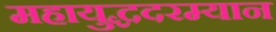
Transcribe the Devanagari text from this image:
महायुद्धदरम्यान